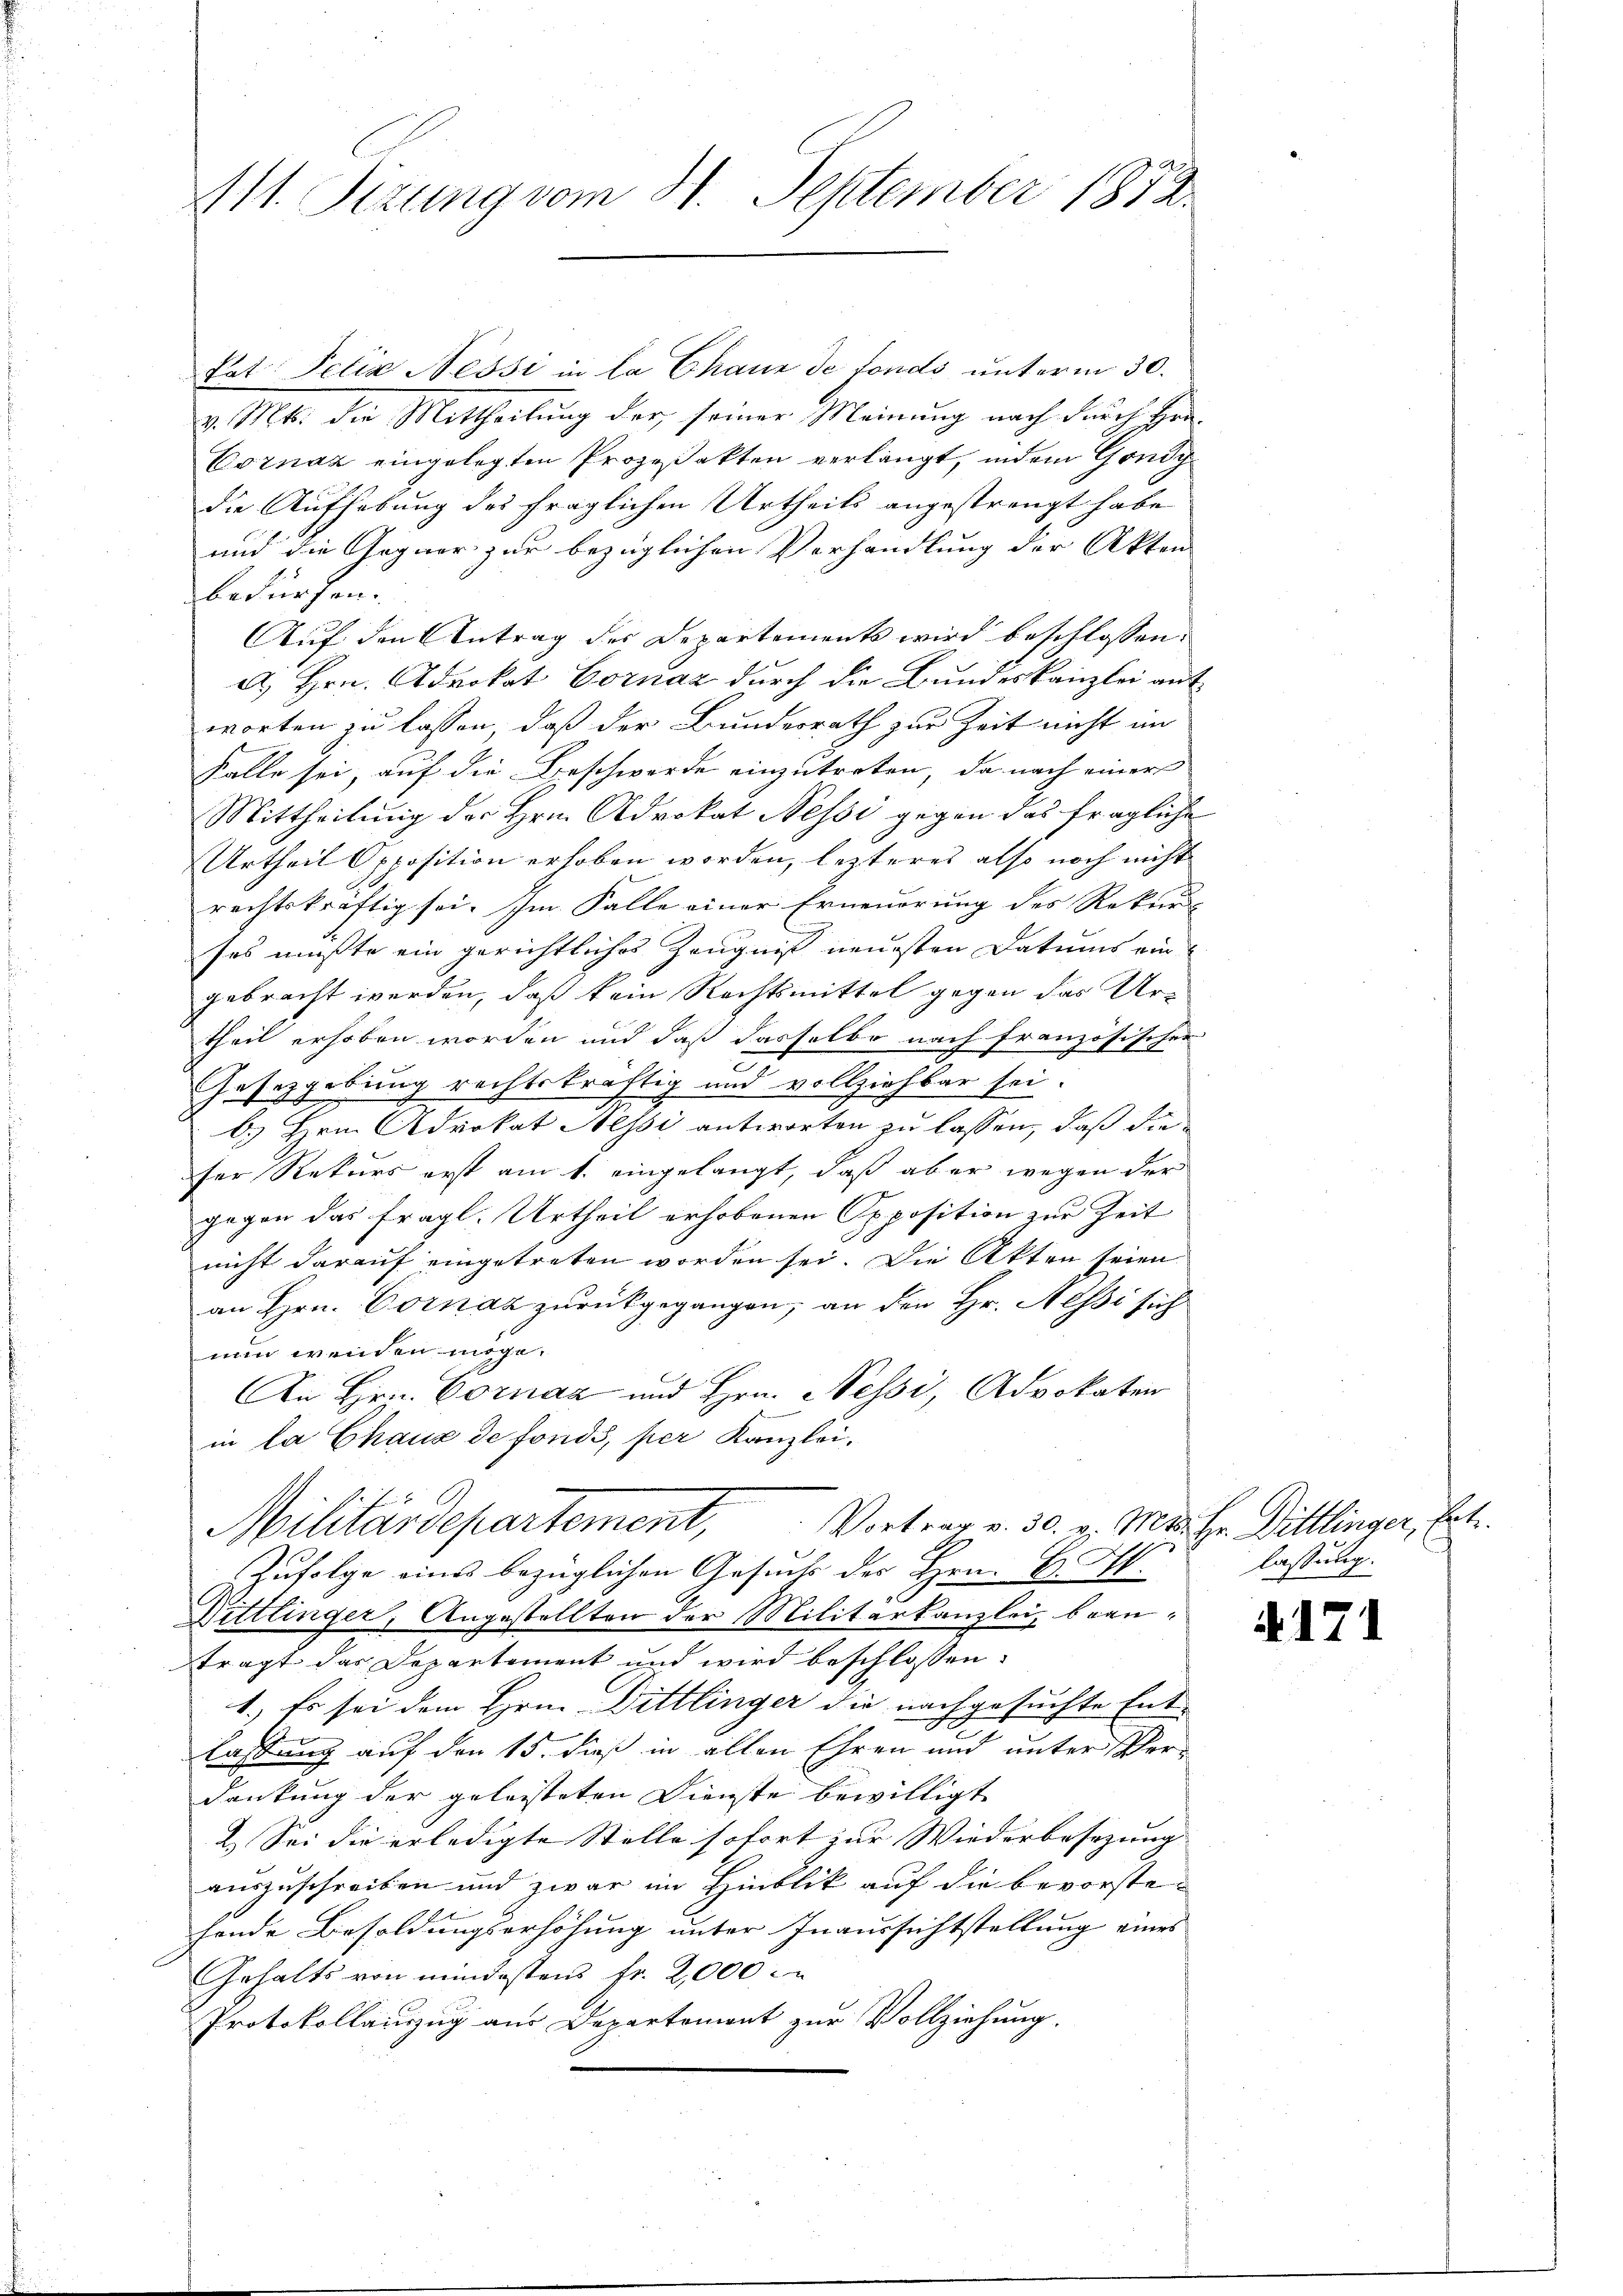
111. Sizung vom 31. September 1872.

kat Pelia Nessi in la Chane de fonds unterm 30.
v. Mts. die Mittheilung der seiner Meinung nach durch Hrn.
Cornaz eingelegten Prozeßakten verlangt, indem Gondy
die Aufhebung des fraglichen Urtheils angestrengt habe
und die Gegner zur bezüglichen Verhandlung der Akten
bedürfen.
Auf den Antrag des Departements wird beschlossen:
A. Hrn. Advokat Vornaz durch die Bundeskanzlei auf
worten zu lassen, daß der Bundesrath zur Zeit nicht an
Falle sei, auf die Beschwerde einzutreten, da nach einer
Mittheilung des Hrn. Advokat Nessi gegen das fragliche
Urtheil Opposition erhoben worden, lezteres also noch nicht
rechtskräftig sei. Im Falle einer Erneuerung des Rekurses mußte ein gerichtliches Zeugnis neuesten Datums ein
gebracht werden, daß kein Rechtsmittel gegen das Urtheil erhoben worden und daß dasselbe nach französischer
Gesetzgebung rechtskräftig und vollziehbar sei.
b. Hrn. Advokat Nessi antworten zu lassen, daß die
ser Rekurs erst am 1. eingelangt, daß aber wegen der
gegen das fragl. Urtheil erhobenen Opposition zur Zeit
nicht darauf eingetreten worden sei. Die Akten seien
an Hrn. Cornaz zurückgegangen, an den Hr. Messi sich
nun wenden möge.
An Hrn. Vornaz und Hrn. Nessi, Advokaten
in la Chaux de fonds, per Kanzlei.
Vortrag v. 30. v. Mts. Hr. Dittlinger, E
Militärdepartement,
Zufolge eines bezüglichen Gesuchs des Hrn. B. H.
Bittlinger, Angestellten der Militarkanzlei beanträgt das Departement und wird beschlossen:
1.) Es sei dem Hrn. Dittlinger die nachgesuchte Ent-
e
lassung auf den 15. dieß in allen Ehren und unter Ver-
dankung der geleisteten Dienste bewilligt.
2.) Sei die erledigte Stelle sofort zur Wiederbesezung
auszuschreiben und zwar im Hinblik auf die bevorstehende Besoldungserhöhung unter Inaussichtstellung eines
Gehalts von mindestens fr. 2,000 in
Protokollauszug aus Departement zur Vollziehung.

lassung.

A171

h